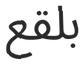
بلقع